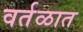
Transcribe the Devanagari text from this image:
वर्तळात